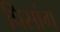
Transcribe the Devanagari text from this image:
पिसांग